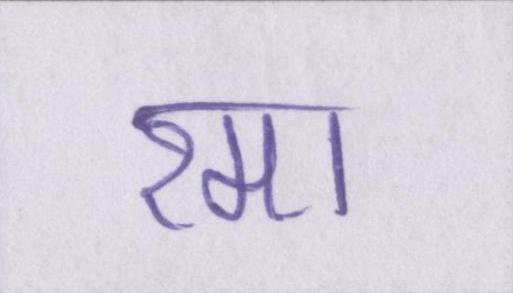
रमा